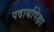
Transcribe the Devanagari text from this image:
पदार्थापेक्षा